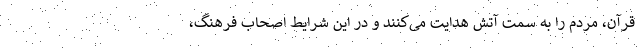
قرآن، مردم را به سمت آتش هدایت می‌کنند و در این شرایط اصحاب فرهنگ،